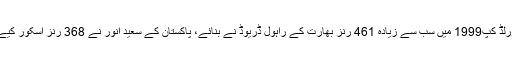
ورلڈ کپ1999 میں سب سے زیادہ 461 رنز بھارت کے راہول ڈریوڈ نے بنائے، پاکستان کے سعید انور نے 368 رنز اسکور کیے۔